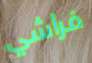
فراشي